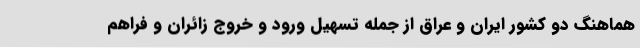
هماهنگ دو کشور ایران و عراق از جمله تسهیل ورود و خروج زائران و فراهم